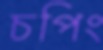
চপিং